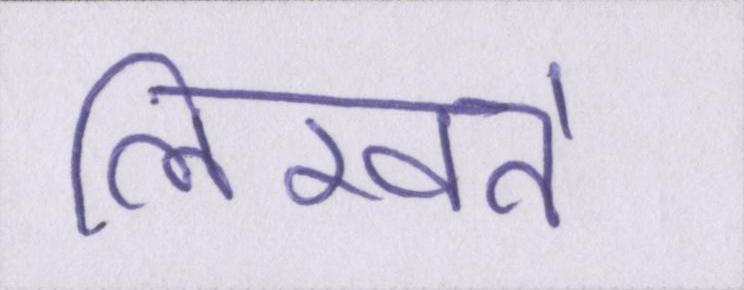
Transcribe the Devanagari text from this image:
लिखते